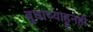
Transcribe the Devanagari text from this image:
बुधाच्याहूनही